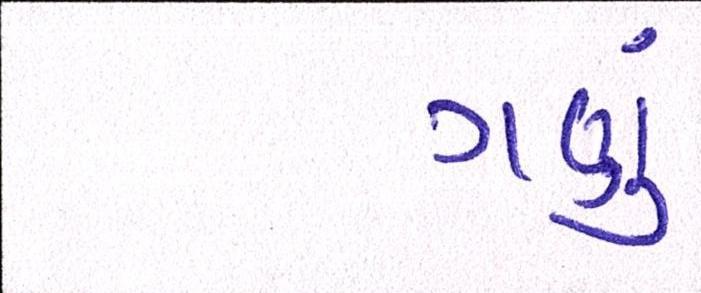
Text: ગણું